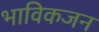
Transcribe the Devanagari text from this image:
भाविकजन